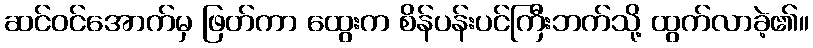
ဆင်ဝင်အောက်မှ ဖြတ်ကာ ထွေးက စိန်ပန်းပင်ကြီးဘက်သို့ ထွက်လာခဲ့၏။